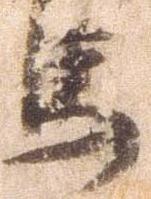
馬